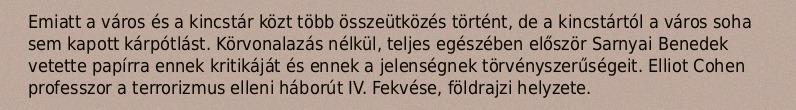
Emiatt a város és a kincstár közt több összeütközés történt, de a kincstártól a város soha sem kapott kárpótlást. Körvonalazás nélkül, teljes egészében először Sarnyai Benedek vetette papírra ennek kritikáját és ennek a jelenségnek törvényszerűségeit. Elliot Cohen professzor a terrorizmus elleni háborút IV. Fekvése, földrajzi helyzete.